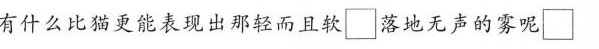
有什么比猫更能表现出那轻而且软□落地无声的雾呢□